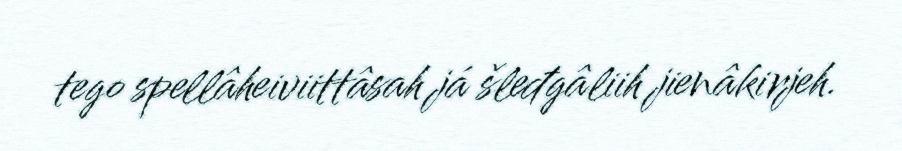
tego spellâheiviittâsah já šleđgâliih jienâkirjeh.